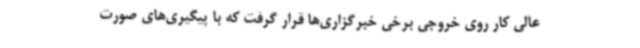
عالی کار روی خروجی برخی خبرگزاری‌ها قرار گرفت که با پیگیری‌های صورت